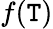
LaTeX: f(\mathtt{T})